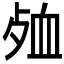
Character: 𮕞